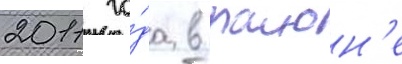
2011 го́да в раион'е